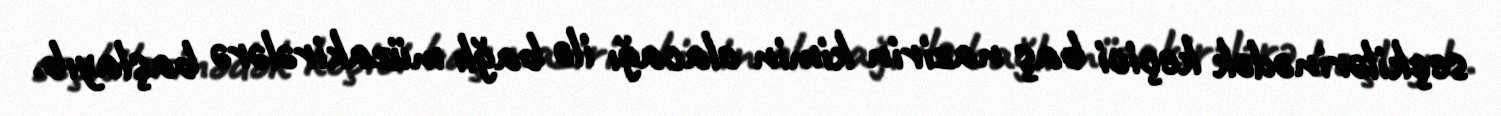
seçkilərinədək keçici baş nazirin kimin olacağı ilə bağlı müzakirələrə başlayıb.